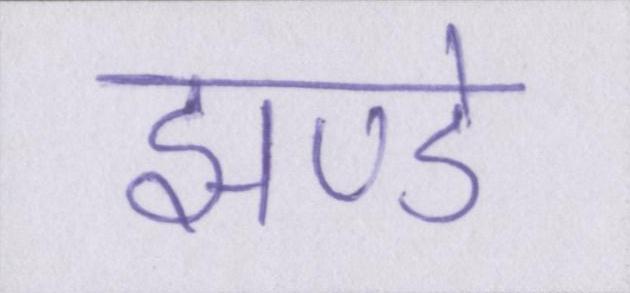
झण्डे